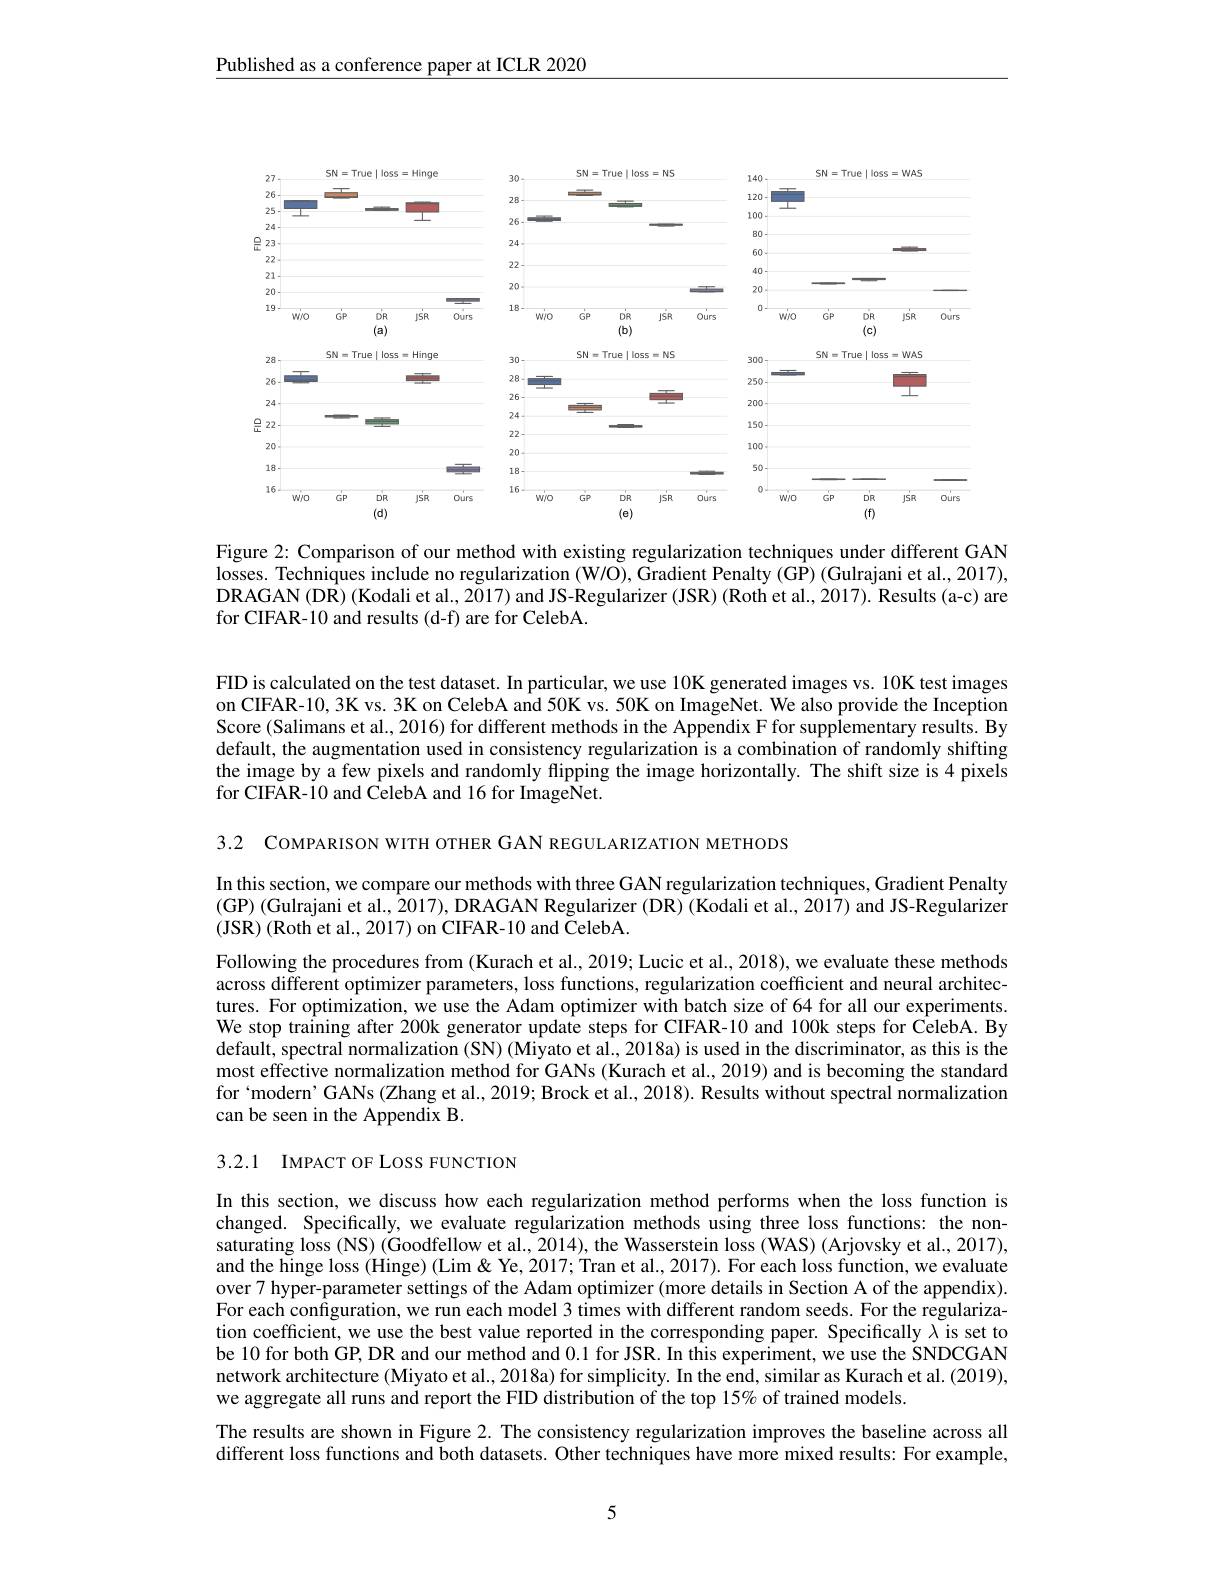
Published as a conference paper at ICLR 2020

<FigureHere>

Figure 2: Comparison of our method with existing regularization techniques under different GAN $\tilde{\text{losses. Techniques include no regularization (W/O), Gradient Penalty (GP) (Gulrajani et al., 2017),}}$ DRAGAN (DR) (Kodali et al., 2017) and JS-Regularizer (JSR) (Roth et al., 2017). Results (a-c) are for CIFAR-10 and results (d-f) are for CelebA.

FID is calculated on the test dataset. In particular, we use 10K generated images vs. 10K test images on CIFAR-10, 3K vs. 3K on CelebA and 50K vs. 50K on ImageNet. We also provide the Inception Score (Salimans et al., 2016) for different methods in the Appendix F for supplementary results. By default, the augmentation used in consistency regularization is a combination of randomly shifting the image by a few pixels and randomly flipping the image horizontally. The shift size is 4 pixels for CIFAR-10 and CelebA and 16 for ImageNet.

3.2 COMPARISON WITH OTHER GAN REGULARIZATION METHODS

In this section, we compare our methods with three GAN regularization techniques, Gradient Penalty (GP) (Gulrajani et al., 2017), DRAGAN Regularizer (DR) (Kodali et al., 2017) and JS-Regularizer (JSR) (Roth et al., 2017) on CIFAR-10 and CelebA.

Following the procedures from (Kurach et al, 2019; Lucic et al. 2018), we evaluate these methods across different optimizer parameters, loss functions, regularization coefficient and neural architectures. For optimization, we use the Adam optimizer with batch size of 64 for all our experiments We stop training after 200k generator update steps for CIFAR-10 and 100k steps for CelebA. By default, spectral normalization (SN) (Miyato et al., 2018a) is used in the discriminator, as this is the most effective normalization method for GANs (Kurach et al., 2019) and is becoming the standard for‘modern’GANs (Zhang et al., 2019; Brock et al., 2018). Results without spectral normalization can be seen in the Appendix B.

3.2.1 IMPACT OF LOSS FUNCTION

In this section, we discuss how each regularization method performs when the loss function is changed. Specifically, we evaluate regularization methods using three loss functions: the nonsaturating loss (NS) (Goodfellow et al., 2014), the Wasserstein loss (WAS) (Arjovsky et al., 2017), and the hinge loss (Hinge) (Lim & Ye, 2017; Tran et al., 2017). For each loss function, we evaluate over 7 hyper-parameter settings of the Adam optimizer (more details in Section A of the appendix). For each configuration, we run each model 3 times with different random seeds. For the regularization coefficient, we use the best value reported in the corresponding paper. Specifically $\lambda$ is set to be 10 for both GP, DR and our method and 0.1 for JSR. In this experiment, we use the SNDCGAN network architecture (Miyato et al., 2018a) for simplicity. In the end, similar as Kurach et al. (2019), we aggregate all runs and report the FID distribution of the top 15% of trained models.
The results are shown in Figure 2. The consistency regularization improves the baseline across all different loss functions and both datasets. Other techniques have more mixed results: For example,

5